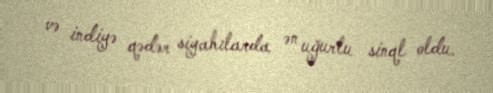
və indiyə qədər siyahılarda ən uğurlu sinql oldu.